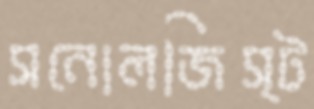
সনোলজিস্ট